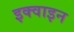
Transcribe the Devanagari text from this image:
इक्वाइन